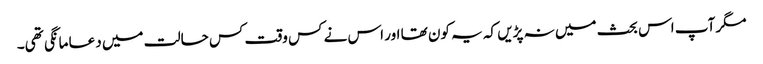
مگر آپ اس بحث میں نہ پڑیں کہ یہ کون تھا اور اس نے کس وقت کس حالت میں دعا مانگی تھی۔